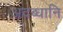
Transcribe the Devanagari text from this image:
अदब्धानि